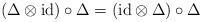
LaTeX: \begin{align*}(\Delta \otimes \mbox{id})\circ \Delta = (\mbox{id} \otimes \Delta)\circ \Delta\end{align*}